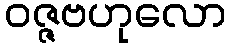
ဝဇ္ဇဗဟုလော